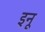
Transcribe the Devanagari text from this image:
इनू